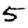
Digit: 5